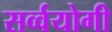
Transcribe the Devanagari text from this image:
सर्व्वयोगी